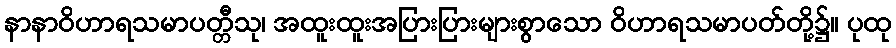
နာနာဝိဟာရသမာပတ္တီသု၊ အထူးထူးအပြားပြားများစွာသော ဝိဟာရသမာပတ်တို့၌။ ပုထု